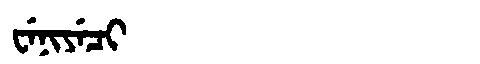
Manchu: ᠸᡝᠨᡳᠶᡝᠴᡳ
Romanization: WENIYECI